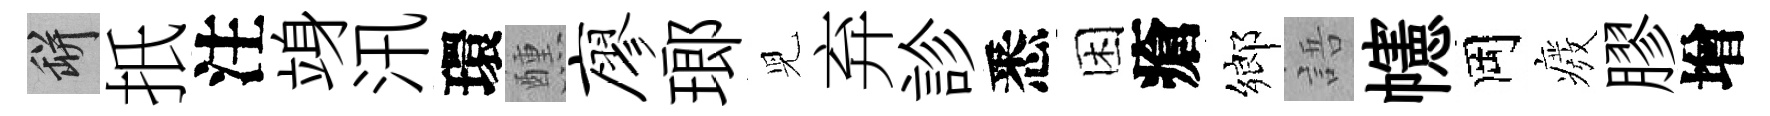
瓶扺注竧汛環醺廖瑯児弃診悉困瘡鄉語幰岡癈膠增